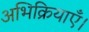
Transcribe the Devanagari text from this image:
अभिक्रियाएँ।